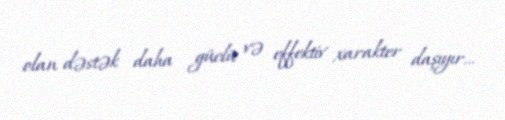
olan dəstək daha güclü və effektiv xarakter daşıyır...